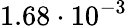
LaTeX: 1.68\cdot 10^{-3}